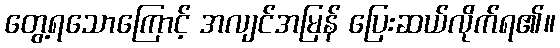
တွေ့ရသောကြောင့် အလျင်အမြန် ပြေးဆယ်လိုက်ရ၏။